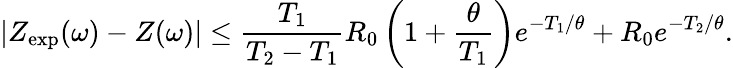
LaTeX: |Z_{\mathrm{exp}}(\omega)-Z(\omega)|\le\frac{T_{1}}{T_{2}-T_{1}}R_{0}\left(1+\frac{\theta}{T_{1}}\right)e^{-T_{1}/\theta}+R_{0}e^{-T_{2}/\theta}.